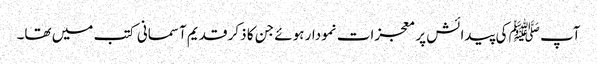
آپ ﷺ کی پیدائش پر معجزات نمودار ہوئے جن کا ذکر قدیم آسمانی کتب میں تھا۔